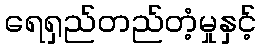
ရေရှည်တည်တံ့မှုနှင့်